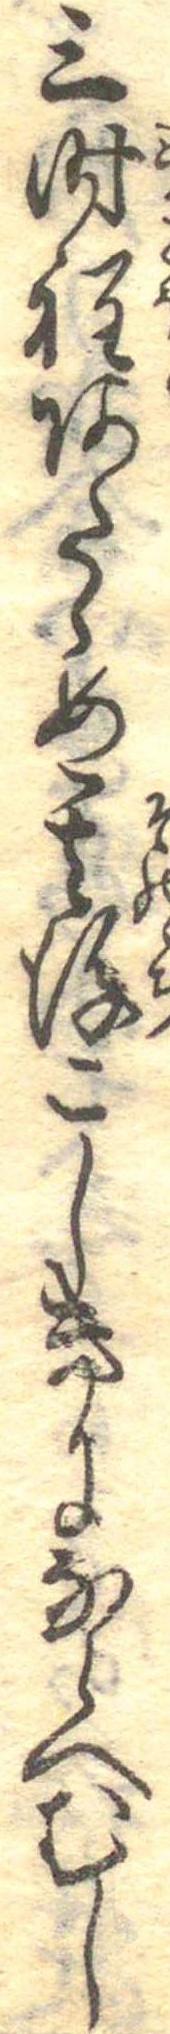
三時程あたゝめ其後こしきにならへむし